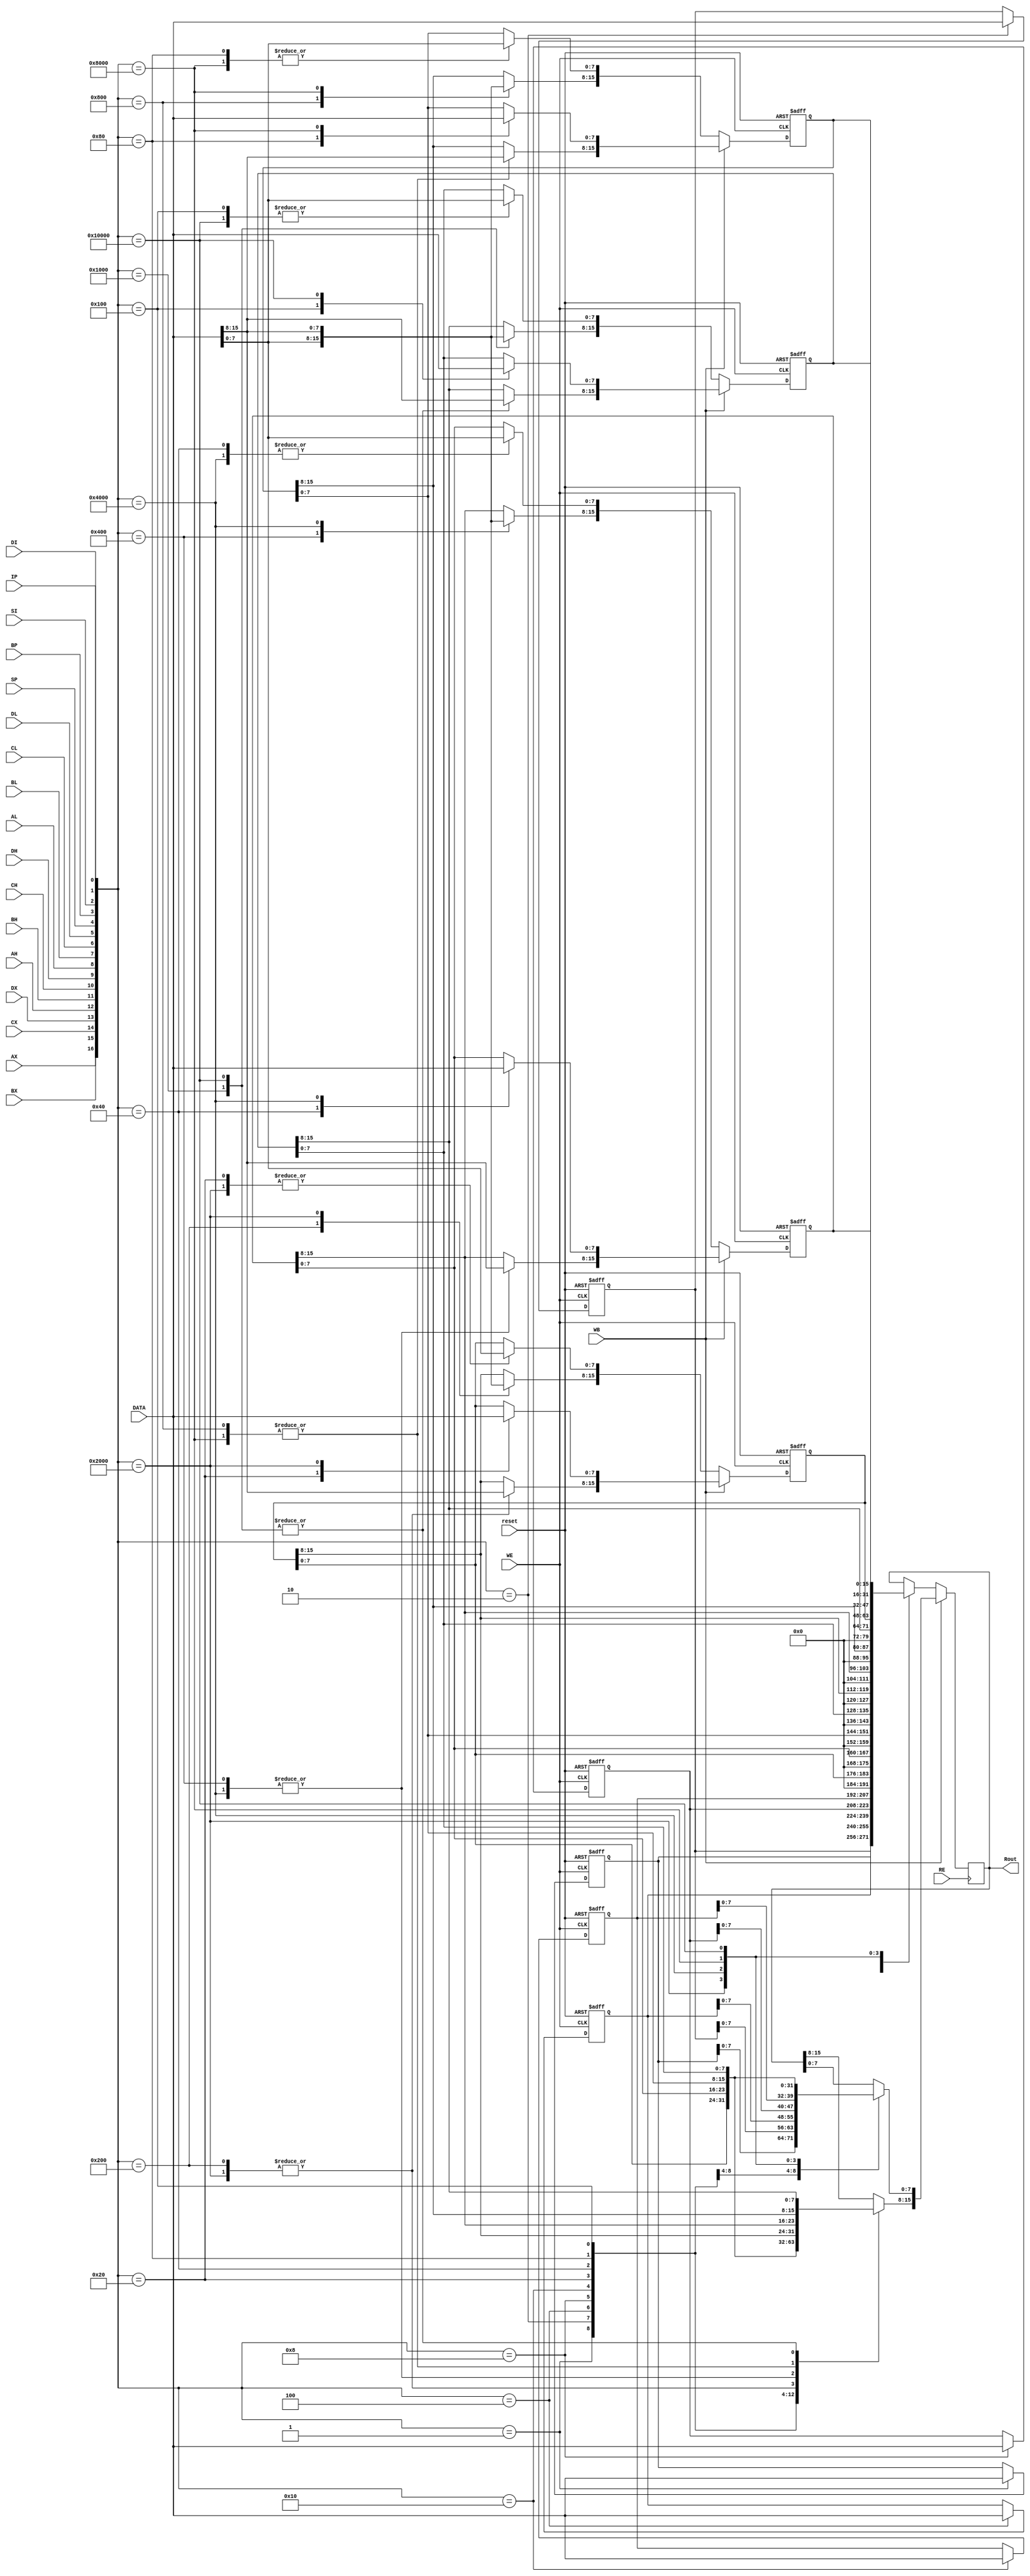
module MY_REG(
input [15:0]DATA,
input RE,WE,WB,AX,BX,CX,DX,AH,BH,CH,DH,AL,BL,CL,DL,SP,BP,SI,DI,IP,
input reset,
output reg [15:0]Rout
);

reg [15:0] Reg_AX,Reg_BX,Reg_CX,Reg_DX,Reg_SP,Reg_BP,Reg_SI,Reg_DI,Reg_IP;

always @ (posedge WE or posedge reset)
begin
	if (reset)
		{Reg_AX,Reg_BX,Reg_CX,Reg_DX,Reg_SP,Reg_BP,Reg_SI,Reg_DI,Reg_IP} = 0;
	else if(WB)
		case ({AX,BX,CX,DX,AH,BH,CH,DH,AL,BL,CL,DL,SP,BP,SI,DI,IP})
			17'b0000_0000_0000_0000_1: Reg_IP = DATA;
			17'b0000_0000_0000_0001_0: Reg_DI = DATA;
			17'b0000_0000_0000_0010_0: Reg_SI = DATA;
			17'b0000_0000_0000_0100_0: Reg_BP = DATA;
			17'b0000_0000_0000_1000_0: Reg_SP = DATA;
			17'b0000_0000_0001_0000_0: Reg_DX[7:0] = DATA[15:8];
			17'b0000_0000_0010_0000_0: Reg_CX[7:0] = DATA[15:8];
			17'b0000_0000_0100_0000_0: Reg_BX[7:0] = DATA[15:8];
			17'b0000_0000_1000_0000_0: Reg_AX[7:0] = DATA[15:8];
			17'b0000_0001_0000_0000_0: Reg_DX[15:8] = DATA[15:8];
			17'b0000_0010_0000_0000_0: Reg_CX[15:8] = DATA[15:8];
			17'b0000_0100_0000_0000_0: Reg_BX[15:8] = DATA[15:8];
			17'b0000_1000_0000_0000_0: Reg_AX[15:8] = DATA[15:8];
			17'b0001_0000_0000_0000_0: Reg_DX = DATA;
			17'b0010_0000_0000_0000_0: Reg_CX = DATA;
			17'b0100_0000_0000_0000_0: Reg_BX = DATA;
			17'b1000_0000_0000_0000_0: Reg_AX = DATA;
			default;
		endcase
	else 
		case ({AX,BX,CX,DX,AH,BH,CH,DH,AL,BL,CL,DL,SP,BP,SI,DI,IP})
			17'b0000_0000_0000_0000_1: Reg_IP = DATA;
			17'b0000_0000_0000_0001_0: Reg_DI = DATA;
			17'b0000_0000_0000_0010_0: Reg_SI = DATA;
			17'b0000_0000_0000_0100_0: Reg_BP = DATA;
			17'b0000_0000_0000_1000_0: Reg_SP = DATA;
			17'b0000_0000_0001_0000_0: Reg_DX[7:0] = DATA[7:0];
			17'b0000_0000_0010_0000_0: Reg_CX[7:0] = DATA[7:0];
			17'b0000_0000_0100_0000_0: Reg_BX[7:0] = DATA[7:0];
			17'b0000_0000_1000_0000_0: Reg_AX[7:0] = DATA[7:0];
			17'b0000_0001_0000_0000_0: Reg_DX[15:8] = DATA[7:0];
			17'b0000_0010_0000_0000_0: Reg_CX[15:8] = DATA[7:0];
			17'b0000_0100_0000_0000_0: Reg_BX[15:8] = DATA[7:0];
			17'b0000_1000_0000_0000_0: Reg_AX[15:8] = DATA[7:0];
			17'b0001_0000_0000_0000_0: Reg_DX = DATA;
			17'b0010_0000_0000_0000_0: Reg_CX = DATA;
			17'b0100_0000_0000_0000_0: Reg_BX = DATA;
			17'b1000_0000_0000_0000_0: Reg_AX = DATA;
			default;
		endcase
end

always @ (posedge RE)
begin
	if(WB)
		case ({AX,BX,CX,DX,AH,BH,CH,DH,AL,BL,CL,DL,SP,BP,SI,DI,IP})
			17'b0000_0000_0000_0000_1: Rout = Reg_IP;
			17'b0000_0000_0000_0001_0: Rout = Reg_DI;
			17'b0000_0000_0000_0010_0: Rout = Reg_SI;
			17'b0000_0000_0000_0100_0: Rout = Reg_BP;
			17'b0000_0000_0000_1000_0: Rout = Reg_SP;
			17'b0000_0000_0001_0000_0: Rout[15:8] = Reg_DX[7:0];
			17'b0000_0000_0010_0000_0: Rout[15:8] = Reg_CX[7:0];
			17'b0000_0000_0100_0000_0: Rout[15:8] = Reg_BX[7:0];
			17'b0000_0000_1000_0000_0: Rout[15:8] = Reg_AX[7:0];
			17'b0000_0001_0000_0000_0: Rout[15:8] = Reg_DX[15:8];
			17'b0000_0010_0000_0000_0: Rout[15:8] = Reg_CX[15:8];
			17'b0000_0100_0000_0000_0: Rout[15:8] = Reg_BX[15:8];
			17'b0000_1000_0000_0000_0: Rout[15:8] = Reg_AX[15:8];
			17'b0001_0000_0000_0000_0: Rout = Reg_DX;
			17'b0010_0000_0000_0000_0: Rout = Reg_CX;
			17'b0100_0000_0000_0000_0: Rout = Reg_BX;
			17'b1000_0000_0000_0000_0: Rout = Reg_AX;
			default;
		endcase
	else 
		case ({AX,BX,CX,DX,AH,BH,CH,DH,AL,BL,CL,DL,SP,BP,SI,DI,IP})
			17'b0000_0000_0000_0000_1: Rout = Reg_IP;
			17'b0000_0000_0000_0001_0: Rout = Reg_DI;
			17'b0000_0000_0000_0010_0: Rout = Reg_SI;
			17'b0000_0000_0000_0100_0: Rout = Reg_BP;
			17'b0000_0000_0000_1000_0: Rout = Reg_SP;
			17'b0000_0000_0001_0000_0: Rout = Reg_DX[7:0];
			17'b0000_0000_0010_0000_0: Rout = Reg_CX[7:0];
			17'b0000_0000_0100_0000_0: Rout = Reg_BX[7:0];
			17'b0000_0000_1000_0000_0: Rout = Reg_AX[7:0];
			17'b0000_0001_0000_0000_0: Rout = Reg_DX[15:8];
			17'b0000_0010_0000_0000_0: Rout = Reg_CX[15:8];
			17'b0000_0100_0000_0000_0: Rout = Reg_BX[15:8];
			17'b0000_1000_0000_0000_0: Rout = Reg_AX[15:8];
			17'b0001_0000_0000_0000_0: Rout = Reg_DX;
			17'b0010_0000_0000_0000_0: Rout = Reg_CX;
			17'b0100_0000_0000_0000_0: Rout = Reg_BX;
			17'b1000_0000_0000_0000_0: Rout = Reg_AX;
			default;
		endcase
end

endmodule